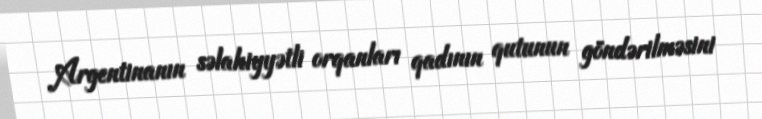
Argentinanın səlahiyyətli orqanları qadının qutunun göndərilməsini